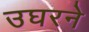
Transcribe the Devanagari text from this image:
उघरने